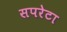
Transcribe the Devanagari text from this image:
सपरेटा